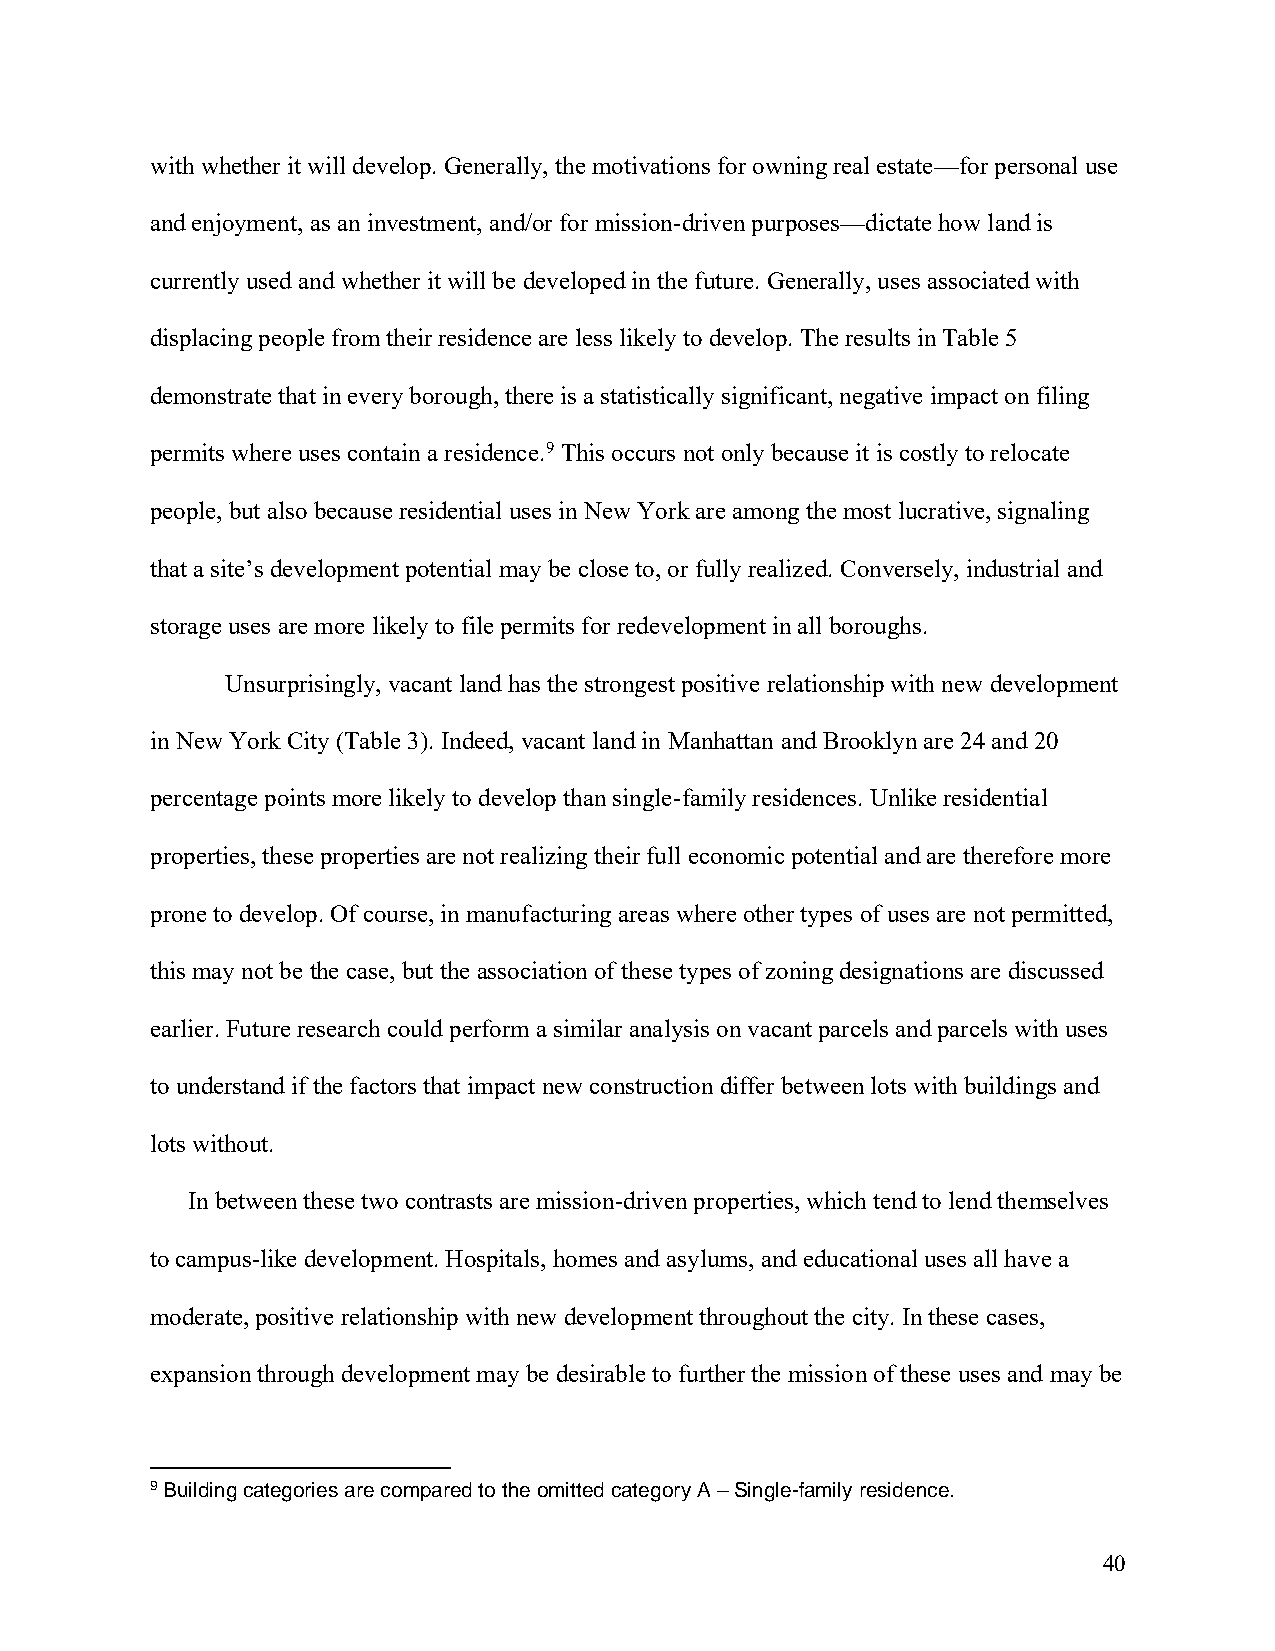
with whether it will develop. Generally, the motivations for owning real estate—for personal use
 and enjoyment, as an investment, and/or for mission-driven purposes—dictate how land is
 currently used and whether it will be developed in the future. Generally, uses associated with
 displacing people from their residence are less likely to develop. The results in Table 5
 demonstrate that in every borough, there is a statistically significant, negative impact on filing
 permits where uses contain a residence.9 This occurs not only because it is costly to relocate
 people, but also because residential uses in New York are among the most lucrative, signaling
 that a site’s development potential may be close to, or fully realized. Conversely, industrial and
 storage uses are more likely to file permits for redevelopment in all boroughs.
 Unsurprisingly, vacant land has the strongest positive relationship with new development
 in New York City (Table 3). Indeed, vacant land in Manhattan and Brooklyn are 24 and 20
 percentage points more likely to develop than single-family residences. Unlike residential
 properties, these properties are not realizing their full economic potential and are therefore more
 prone to develop. Of course, in manufacturing areas where other types of uses are not permitted,
 this may not be the case, but the association of these types of zoning designations are discussed
 earlier. Future research could perform a similar analysis on vacant parcels and parcels with uses
 to understand if the factors that impact new construction differ between lots with buildings and
 lots without.
 In between these two contrasts are mission-driven properties, which tend to lend themselves
 to campus-like development. Hospitals, homes and asylums, and educational uses all have a
 moderate, positive relationship with new development throughout the city. In these cases,
 expansion through development may be desirable to further the mission of these uses and may be
 9 Building categories are compared to the omitted category A – Single-family residence.
 40